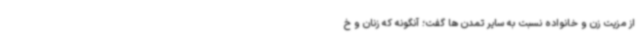
از مزیت زن و خانواده نسبت به سایر تمدن ها گفت؛ آنگونه که زنان و خ